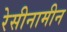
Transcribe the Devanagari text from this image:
रेसीनामीन